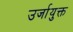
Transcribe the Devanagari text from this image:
उर्जायुक्त